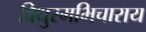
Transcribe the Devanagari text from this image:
विधुरमभिचाराय